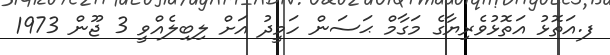
ފ.އަތޮޅު އަތޮޅުވެރިޔާގެ މަގާމް ޙަސަން ހަމީދު އަށް ލިބިލެއްވީ 3 ޖޫން 1973